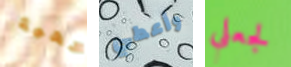
تحية وأعطي لجعلي